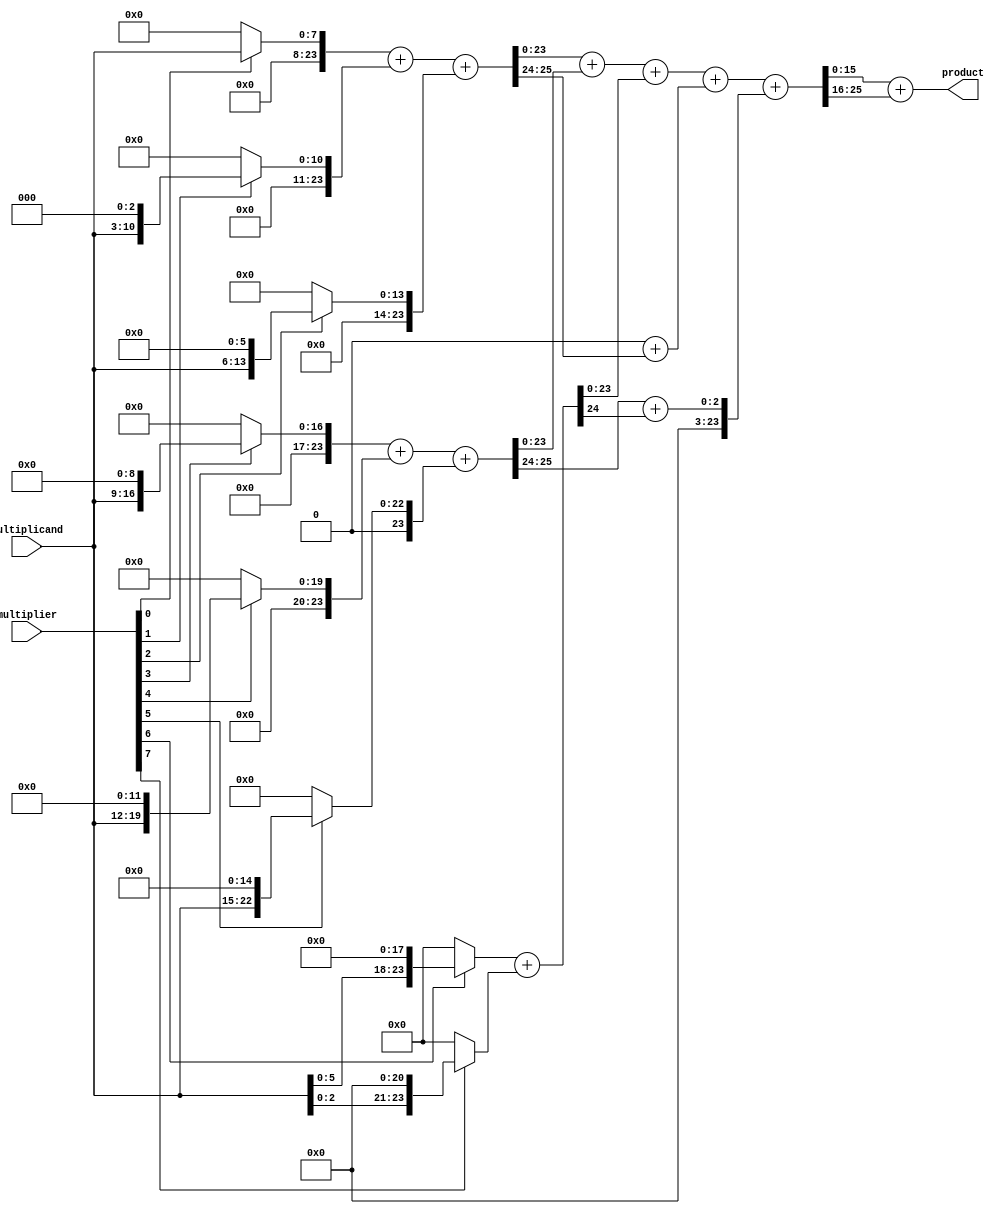
module Radix8WallaceTreeMultiplier (
    input [7:0] multiplicand, // 8-bit multiplicand
    input [7:0] multiplier,    // 8-bit multiplier
    output [15:0] product      // 16-bit product
);

    wire [23:0] partial_products [0:7]; // Partial products

    // Generate partial products
    genvar i;
    generate
        for (i = 0; i < 8; i = i + 1) begin : gen_partial_products
            assign partial_products[i] = (multiplier[i]) ? (multiplicand << (i * 3)) : 24'b0;
        end
    endgenerate

    // Reduction tree
    wire [23:0] sum_stage1 [0:3];
    wire [23:0] carry_stage1 [0:3];

    // Stage 1 reduction (grouping 3 partial products)
    assign {carry_stage1[0], sum_stage1[0]} = partial_products[0] + partial_products[1] + partial_products[2];
    assign {carry_stage1[1], sum_stage1[1]} = partial_products[3] + partial_products[4] + partial_products[5];
    assign {carry_stage1[2], sum_stage1[2]} = partial_products[6] + partial_products[7];
    assign sum_stage1[3] = 24'b0; // No third group for the last sum

    // Stage 2 reduction (grouping the results of stage 1)
    wire [23:0] sum_stage2 [0:2];
    wire [23:0] carry_stage2 [0:2];

    assign {carry_stage2[0], sum_stage2[0]} = sum_stage1[0] + sum_stage1[1] + sum_stage1[2];
    assign {carry_stage2[1], sum_stage2[1]} = sum_stage1[3] + carry_stage1[0];
    assign sum_stage2[2] = carry_stage1[1] + carry_stage1[2];

    // Final summation
    wire [15:0] final_sum;
    wire [15:0] final_carry;

    assign {final_carry, final_sum} = sum_stage2[0] + sum_stage2[1] + sum_stage2[2];

    assign product = final_sum + final_carry;

endmodule